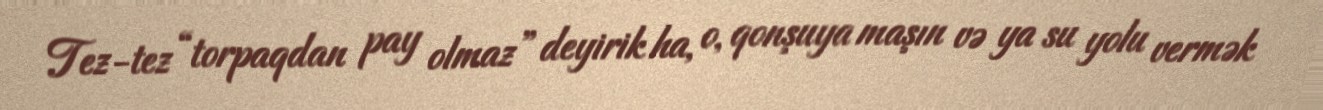
Tez-tez “torpaqdan pay olmaz” deyirik ha, o, qonşuya maşın və ya su yolu vermək